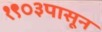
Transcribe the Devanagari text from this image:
१९०३पासून